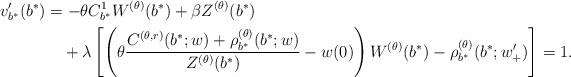
LaTeX: \begin{align*}v_{b^*}'(b^*) &= - \theta C^1_{b^{*}} W^{(\theta)}(b^*) + \beta Z^{(\theta)}(b^*) \\&\quad+ \lambda \left[\left( \theta \dfrac{{C^{(\theta,r)}(b^*;w)} + \rho_{b^{*}}^{(\theta)}(b^*;w)}{Z^{(\theta)}(b^*)} -w(0)\right)W^{(\theta)}(b^*) - \rho^{(\theta)}_{b^*}(b^*;w'_{+}) \right]=1 .\end{align*}